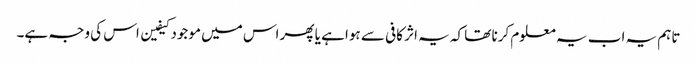
تاہم یہ اب یہ معلوم کرنا تھا کہ یہ اثر کافی سے ہوا ہے یا پھر اس میں موجود کیفین اس کی وجہ ہے۔